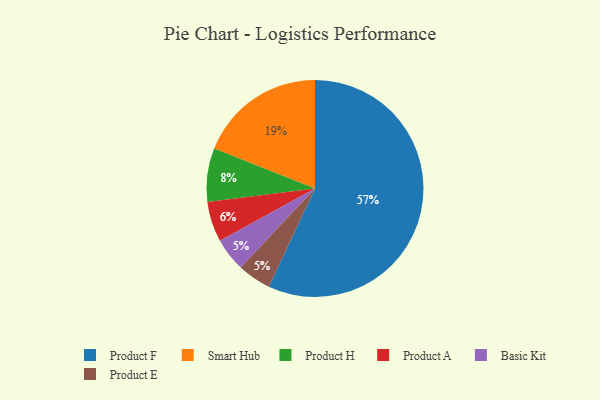
{"axis": {"x": "Category", "y": "Percentage"}, "legend": ["Basic Kit", "Product A", "Product E", "Product F", "Product H", "Smart Hub"], "data": [{"x": "Product F", "y": 57, "type": "Product F"}, {"x": "Product H", "y": 8, "type": "Product H"}, {"x": "Smart Hub", "y": 19, "type": "Smart Hub"}, {"x": "Basic Kit", "y": 5, "type": "Basic Kit"}, {"x": "Product E", "y": 5, "type": "Product E"}, {"x": "Product A", "y": 6, "type": "Product A"}]}